system: You are a helpful assistant.
user:
Analyze the provided spectrum to determine if it is a **Carbon Star (C-type)**.

- **Key Visual Indicators of Carbon Star:**
    - **(Primary):** Strong molecular absorption from **C₂ (diatomic carbon) "Swan Bands."** This is the **defining feature** of a carbon star.
        - **(Key Bandheads):** Sharp absorption edges are visible at approximately $5635$ Å, $5165$ Å (the strongest band), and $4737$ Å.
        - **(Line Profile):** Creates a distinct **"saw-tooth"** pattern. The key morphology is a sharp, steep bandhead on the **red (long-wavelength) side**, which then gradually tapers off (i.e., flux recovers) towards the **blue (short-wavelength) side**. *(This is the direct opposite of the TiO bands seen in M-type stars)*.

    - **(Secondary):** Intense **CN (cyanogen)** molecular absorption bands.
        - **(Key Bandheads):** Located in the blue and violet regions of the spectrum (e.g., near $4215$ Å and $3883$ Å).
        - **(Morphology):** These bands are extremely broad and act as a "blanket," absorbing the vast majority of blue and violet light. This creates a characteristic **"cliff"** or **"steep drop-off"** in the spectrum's flux at short wavelengths.

    - **(Key Confirmation):** Strong **CH absorption band (G-band)**.
        - **(Key Bandhead):** Located around $4300$ Å. The contribution from CH molecules to this band is exceptionally strong.

    - **(Overall Spectrum):**
        - The continuum is severely "chopped up" by these deep molecular bands, especially C₂, rather than appearing as a smooth curve.
        - Due to the heavy CN and C₂ absorption in the blue-green, the vast majority of the star's flux is concentrated in the red part of the spectrum, giving the star its characteristic deep red color.

Think first, call **spectral_visualization_tool** if needed to examine features in detail, then provide your final answer. Your response must adhere to the following strict rules:
1.  **Overall Structure:** Your response must follow the format `<think>...</think> <tool_call>...</tool_call> (if a tool is used) <answer>...</answer>`.
2.  **Tool Usage Constraint:** You may only make **one** tool call per turn.
3.  **Final Answer Format:** In the `<answer>` tag, your conclusion must be inside a `\boxed{}` command (e.g., `\boxed{YES}`), followed by your justification.

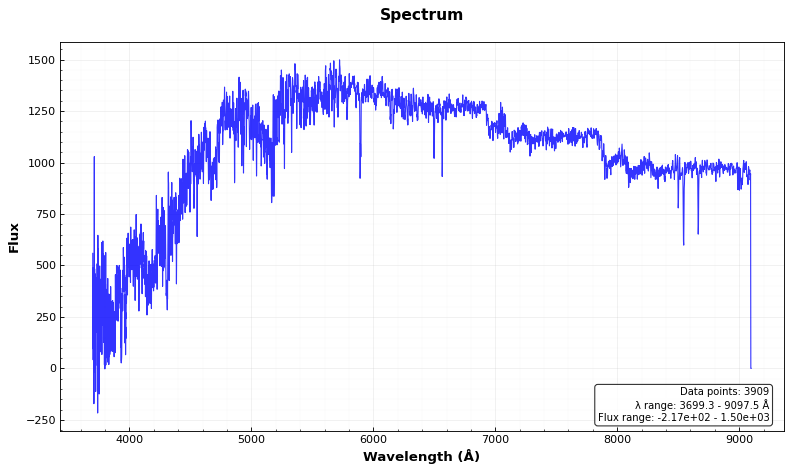
Answer: YES